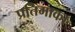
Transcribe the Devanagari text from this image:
प्रतिमाका